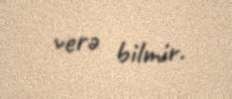
verə bilmir.